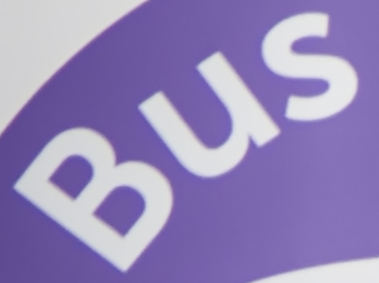
Bus